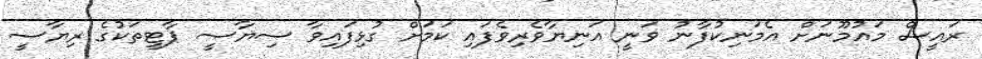
ރައީސް މައުމޫނަށް އެމަނިކުފާނު ވަނީ އަނިޔާވެރިވެފައި ކަމަށް ގުޅިފައިވާ ސިޔާސީ ޕާޓީތަކުގެ ރިޔާސީ